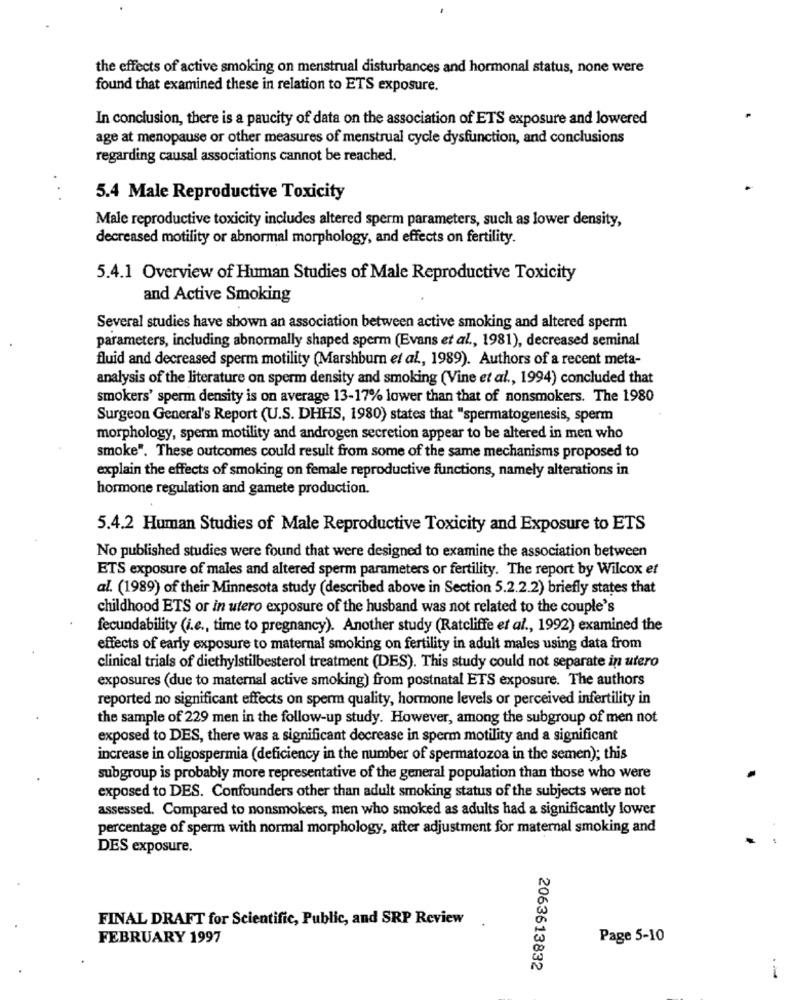
the effects of active smoking on menstrual disturbances and hormonal status, none were
found that examined these in relation to ETS exposure.
In conclusion, there is a paucity of data on the association of ETS exposure and lowered
age at menopause or other measures of menstrual cycle dysfunction, and conclusions
regarding causal associations cannot be reached.
. .
5.4 Male Reproductive Toxicity
Male reproductive toxicity includes altered sperm parameters, such as lower density,
decreased motility or abnormal morphology, and effects on fertility.
5.4.1 Overview of Human Studies of Male Reproductive Toxicity
and Active Smoking
Several studies have shown an association between active smoking and altered sperm
parameters, including abnormally shaped sperm (Evans et al ., 1981), decreased seminal
fluid and decreased sperm motility (Marshburn et al ., 1989). Authors of a recent meta-
analysis of the literature on sperm density and smoking (Vine et al ., 1994) concluded that
smokers' sperm density is on average 13-17% lower than that of nonsmokers. The 1980
Surgeon General's Report (U.S. DHHS, 1980) states that "spermatogenesis, sperm
morphology, sperm motility and androgen secretion appear to be altered in men who
smoke". These outcomes could result from some of the same mechanisms proposed to
explain the effects of smoking on female reproductive functions, namely alterations in
hormone regulation and gamete production.
5.4.2 Human Studies of Male Reproductive Toxicity and Exposure to ETS
No published studies were found that were designed to examine the association between
ETS exposure of males and altered sperm parameters or fertility. The report by Wilcox et
al. (1989) of their Minnesota study (described above in Section 5.2.2.2) briefly states that
childhood ETS or in utero exposure of the husband was not related to the couple's
fecundability (i.e ., time to pregnancy). Another study (Ratcliffe et al ., 1992) examined the
effects of early exposure to maternal smoking on fertility in adult males using data from
clinical trials of diethylstilbesterol treatment (DES). This study could not separate in utero
exposures (due to maternal active smoking) from postnatal ETS exposure. The authors
reported no significant effects on sperm quality, hormone levels or perceived infertility in
the sample of 229 men in the follow-up study. However, among the subgroup of men not
exposed to DES, there was a significant decrease in sperm motility and a significant
increase in oligospermia (deficiency in the number of spermatozoa in the semen); this
subgroup is probably more representative of the general population than those who were
exposed to DES. Confounders other than adult smoking status of the subjects were not
assessed. Compared to nonsmokers, men who smoked as adults had a significantly lower
percentage of sperm with normal morphology, after adjustment for maternal smoking and
DES exposure.
FINAL DRAFT for Scientific, Public, and SRP Review .
FEBRUARY 1997
Page 5-10
2063613832